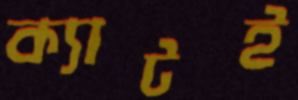
ক্যাটই